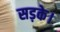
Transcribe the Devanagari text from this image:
सड़के।